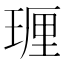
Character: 𪻵